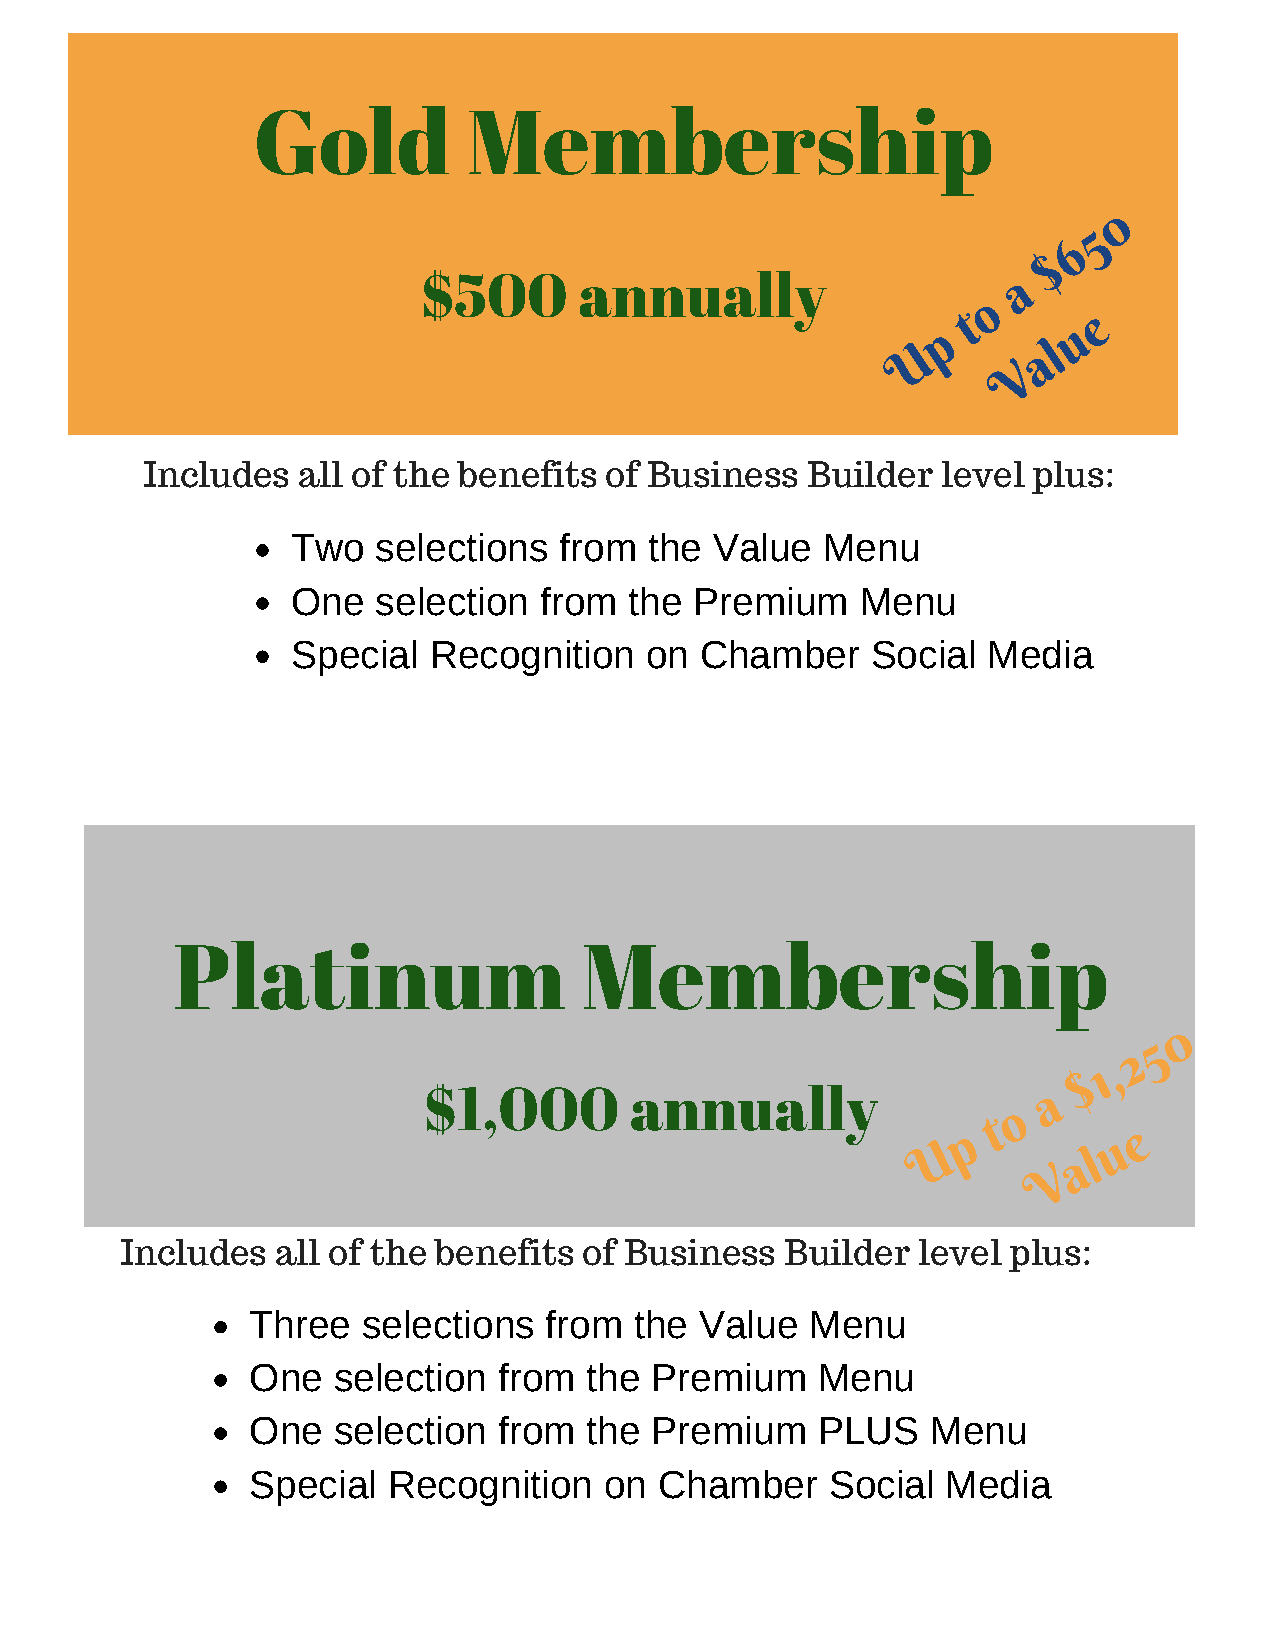
Gold          Membership
 0
 5
 6
 $
 $500      annually                     a
 o
 t       e
 p        u
 U        al
 V
 Includes  all of the benefits of Business  Builder  level plus:
 Two   selections  from  the Value  Menu
 One   selection  from  the Premium    Menu
 Special  Recognition    on Chamber     Social Media
 Platinum                    Membership
 0
 5
 2
 1,
 $
 $1,000        annually                   a
 o
 t
 p          e
 U            u
 a l
 V
 Includes  all of the benefits  of Business  Builder  level plus:
 Three  selections  from  the Value   Menu
 One  selection  from  the Premium    Menu
 One  selection  from  the Premium    PLUS    Menu
 Special  Recognition   on  Chamber    Social  Media